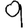
Digit: 9